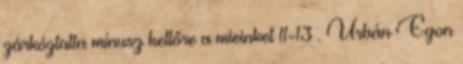
zárkóztatta mínusz kettőre a mieinket 11-13 . Urbán Egon